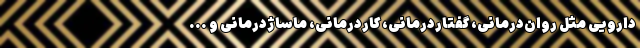
دارویی مثل روان‌درمانی، گفتاردرمانی، کاردرمانی، ماساژدرمانی و ...